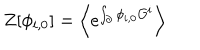
LaTeX: Z [ \phi _ { i , 0 } ] = \Bigl \langle e ^ { \int _ { \partial } \phi _ { i , 0 } { \cal O } ^ { i } } \Bigr \rangle